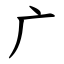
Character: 广